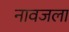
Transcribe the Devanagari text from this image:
नावजला